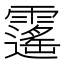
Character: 𩆡